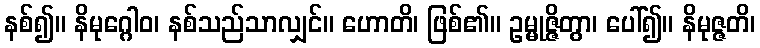
နစ်၍။ နိမုဂ္ဂေါဝ၊ နစ်သည်သာလျှင်။ ဟောတိ၊ ဖြစ်၏။ ဥမ္မုဇ္ဇိတွာ၊ ပေါ်၍။ နိမုဇ္ဇတိ၊